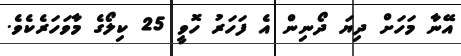
އޭނާ މަހަށް ދިޔަ ދޯނިން އެ ފަހަރު ހޮވީ 25 ކިލޯގެ މާވަހަރެކެވެ.